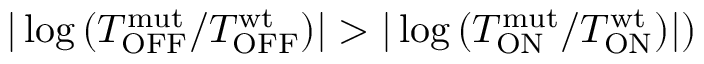
| \log { ( T _ { \mathrm { O F F } } ^ { \mathrm { m u t } } / T _ { \mathrm { O F F } } ^ { \mathrm { w t } } ) } | > | \log { ( T _ { \mathrm { O N } } ^ { \mathrm { m u t } } / T _ { \mathrm { O N } } ^ { \mathrm { w t } } ) } | )